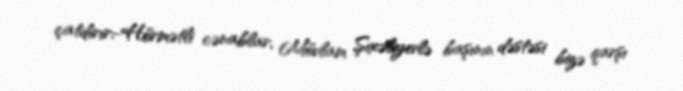
çatdırır:-Hörmətli cənablar, Mövlam Şıxəliyevlə başının dəstəsi bizə qarşı